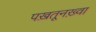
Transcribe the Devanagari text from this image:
पख़तूनख़्वा